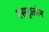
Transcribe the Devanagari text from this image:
एसट्रालोन